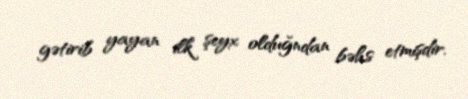
gətirib yayan ilk şeyx olduğndan bəhs etmişdir.